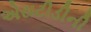
એસટીડીની